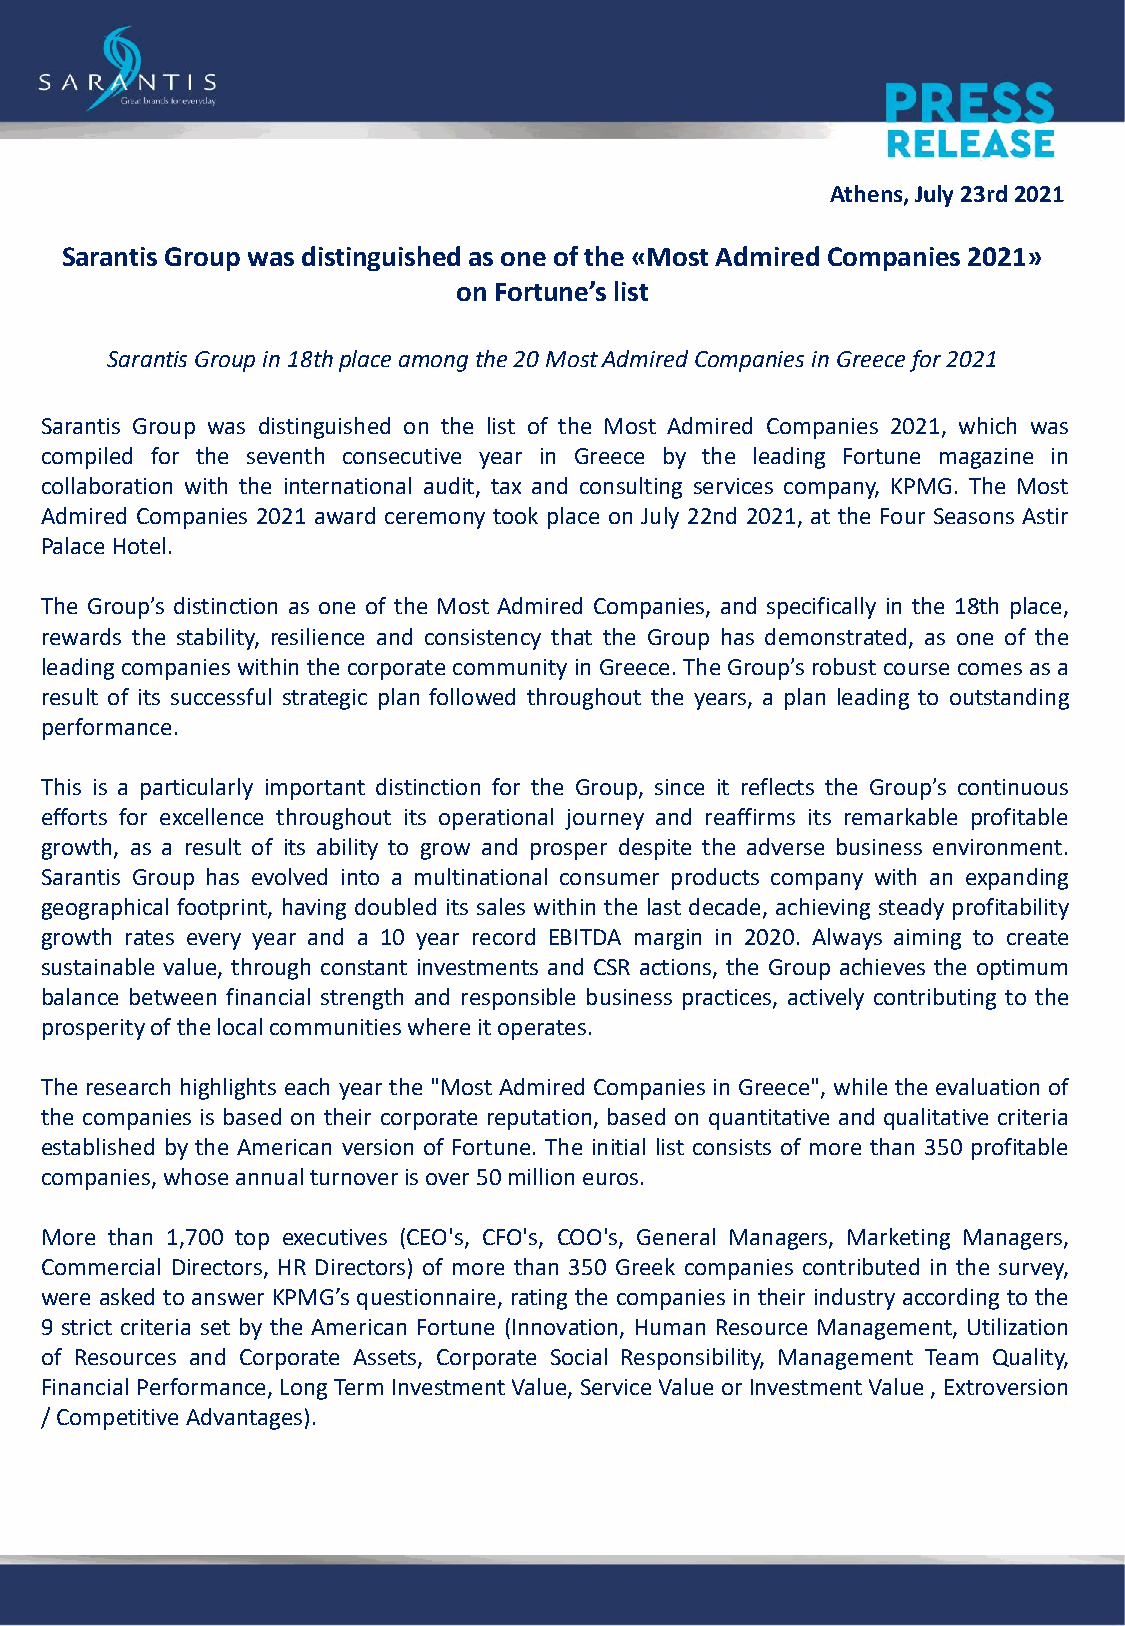
Athens, July 23rd2021
 Sarantis Group was distinguished as one of the «Most Admired Companies 2021»
 on Fortune’s list
 Sarantis Group in 18th place among the 20 Most Admired Companies in Greece for 2021
 Sarantis Group was distinguished on the list of the Most Admired Companies 2021, which was
 compiled for the seventh consecutive year in Greece by the leading Fortune magazine in
 collaboration with the international audit, tax and consulting services company, KPMG. The Most
 Admired Companies 2021 award ceremony took place on July 22nd 2021, at the Four Seasons Astir
 PalaceHotel.
 Τhe Group’s distinction as one of the Most Admired Companies, and specifically in the 18th place,
 rewards the stability, resilience and consistency that the Group has demonstrated, as one of the
 leading companies withinthe corporate community in Greece.TheGroup’s robust course comes as a
 result of its successful strategic plan followed throughout the years, a plan leading to outstanding
 performance.
 This is a particularly important distinction for the Group, since it reflects the Group’s continuous
 efforts for excellence throughout its operational journey and reaffirms its remarkable profitable
 growth, as a result of its ability to grow and prosper despite the adverse business environment.
 Sarantis Group has evolved into a multinational consumer products company with an expanding
 geographical footprint, having doubled its sales within the last decade, achieving steady profitability
 growth rates every year and a 10 year record EBITDA margin in 2020. Always aiming to create
 sustainable value, through constant investments and CSR actions, the Group achieves the optimum
 balance between financial strength and responsible business practices, actively contributing to the
 prosperityofthelocalcommunitieswhereitoperates.
 The research highlights each year the "Most Admired Companies in Greece", while the evaluation of
 the companies is based on their corporate reputation, based on quantitative and qualitative criteria
 established by the American version of Fortune. The initial list consists of more than 350 profitable
 companies,whoseannualturnoverisover50millioneuros.
 More than 1,700 top executives (CEO's, CFO's, COO's, General Managers, Marketing Managers,
 Commercial Directors, HR Directors) of more than 350 Greek companies contributed in the survey,
 were asked to answer KPMG’s questionnaire, rating the companies in their industry according to the
 9 strict criteria set by the American Fortune (Innovation, Human Resource Management, Utilization
 of Resources and Corporate Assets, Corporate Social Responsibility, Management Team Quality,
 FinancialPerformance,LongTermInvestmentValue,ServiceValueorInvestmentValue,Extroversion
 /CompetitiveAdvantages).